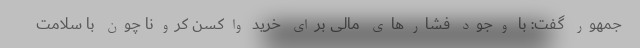
جمهور گفت: با وجود فشارهای مالی برای خرید واکسن کرونا چون با سلامت